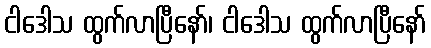
ငါဒေါသ ထွက်လာပြီနော်၊ ငါဒေါသ ထွက်လာပြီနော်